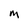
Character: M